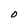
Character: 0